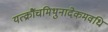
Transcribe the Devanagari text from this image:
यत्क्रौंचमिथुनादेकमवधि